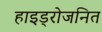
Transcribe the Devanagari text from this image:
हाइड्रोजनित